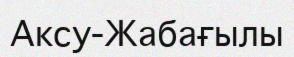
Аксу-Жабағылы